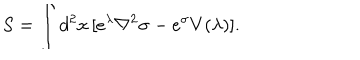
LaTeX: S = \int d ^ { 2 } x \, [ e ^ { \lambda } \nabla ^ { 2 } \sigma - e ^ { \sigma } V ( \lambda ) ] .